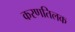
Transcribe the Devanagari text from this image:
करणतिलक